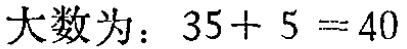
大数为：\(35 + 5 = 40\)